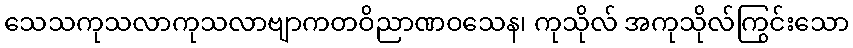
သေသကုသလာကုသလာဗျာကတဝိညာဏဝသေန၊ ကုသိုလ် အကုသိုလ်ကြွင်းသော